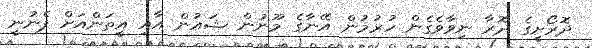
ދޮރޯށީގެ ދޮރާ ނިވާވެގެން ހުރުމުން އޭނާގެ މޫނުން ޝައުން އާއި އީތަންއަށް ފެނުނީ